Indian journal of veterinary science and animal husbandry - Volume 13,
Year: 1943
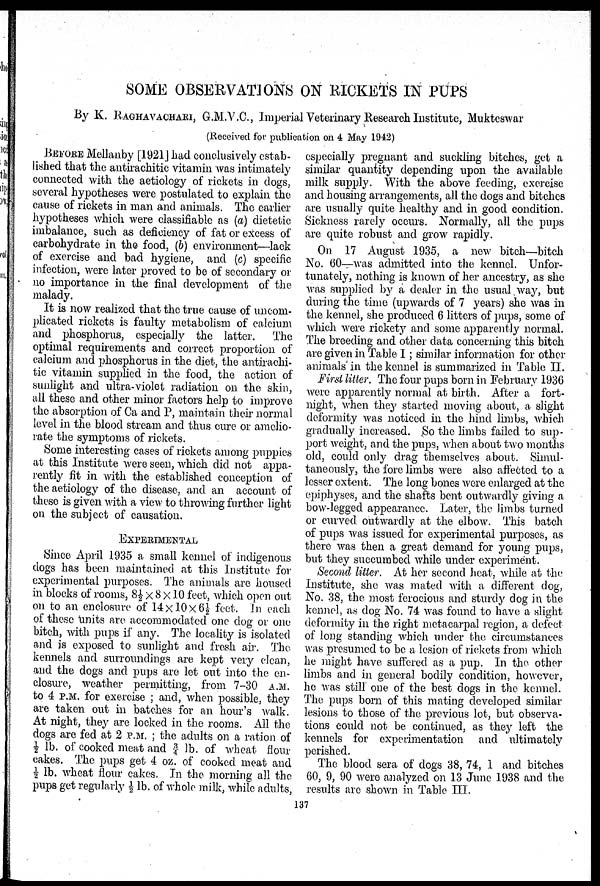
SOME OBSERVATIONS ON RICKETS IN PUPS
By K. RAGHAVACHARI, G.M.V.C., Imperial Veterinary Research Institute, Mukteswar
(Received for publication on 4 May 1942)
BEFORE Mellanby [1921] had conclusively estab-
lished that the antirachitic vitamin was intimately
connected with the aetiology of rickets in dogs,
several hypotheses were postulated to explain the
cause of rickets in man and animals. The earlier
hypotheses which were classifiable as (a) dietetic
imbalance, such as deficiency of fat or excess of
carbohydrate in the food, (b) environment—lack
of exercise and bad hygiene, and (c) specific
infection, were later proved to be of secondary or
no importance in the final development of the
malady.
It is now realized that the true cause of uncom-
plicated rickets is faulty metabolism of calcium
and phosphorus, especially the latter.
The
optimal requirements and correct proportion of
calcium and phosphorus in the diet, the antirachi-
tic vitamin supplied in the food, the action of
sunlight and ultra-violet radiation on the skin,
all these and other minor factors help to improve
the absorption of Ca and P, maintain their normal
level in the blood stream and thus cure or amelio-
rate the symptoms of rickets.
Some interesting cases of rickets among puppies
at this Institute were seen, which did not appa-
rently fit in with the established conception of
the aetiology of the disease, and an account of
these is given with a view to throwing further light
on the subject of causation.
EXPERIMENTAL
Since April 1935 a small kennel of indigenous
dogs has been maintained at this Institute for
experimental purposes. The animals are housed
in blocks of rooms, 8½ × 8 × 10 feet, which open out
on to an enclosure of 14 × 10 × 6½ feet. In each
of these units are accommodated one dog or one
bitch, with pups if any. The locality is isolated
and is exposed to sunlight and fresh air. The
kennels and surroundings are kept very clean,
and the dogs and pups are let out into the en-
closure, weather permitting, from 7-30 A.M.
to 4 P.M. for exercise ; and, when possible, they
are taken out in batches for an hour's walk.
At night, they are locked in the rooms. All the
dogs are fed at 2 P.M. ; the adults on a ration of
½ lb. of cooked meat and 3/4 lb. of wheat flour
cakes. The pups get 4 oz. of cooked meat and
½ lb. wheat flour cakes. In the morning all the
pups get regularly ½ lb. of whole milk, while adults,
especially pregnant and suckling bitches, get a
similar quantity depending upon the available
milk supply. With the above feeding, exercise
and housing arrangements, all the dogs and bitches
are usually quite healthy and in good condition.
Sickness rarely occurs. Normally, all the pups
are quite robust and grow rapidly.
On 17 August 1935, a new bitch—bitch
No. 60—was admitted into the kennel. Unfor-
tunately, nothing is known of her ancestry, as she
was supplied by a dealer in the usual way, but
during the time (upwards of 7 years) she was in
the kennel, she produced 6 litters of pups, some of
which were rickety and some apparently normal.
The breeding and other data concerning this bitch
are given in Table I; similar information for other
animals in the kennel is summarized in Table II.
First litter. The four pups born in February 1936
were apparently normal at birth. After a fort-
night, when they started moving about, a slight
deformity was noticed in the hind limbs, which
gradually increased. So the limbs failed to sup-
port weight, and the pups, when about two months
old, could only drag themselves about. Simul-
taneously, the fore limbs were also affected to a
lesser extent. The long bones were enlarged at the
epiphyses, and the shafts bent outwardly giving a
bow-legged appearance. Later, the limbs turned
or curved outwardly at the elbow. This batch
of pups was issued for experimental purposes, as
there was then a great demand for young pups,
but they succumbed while under experiment.
Second litter. At her second heat, while at the
Institute, she was mated with a different dog,
No. 38, the most ferocious and sturdy dog in the
kennel, as dog No. 74 was found to have a slight
deformity in the right metacarpal region, a defect
of long standing which under the circumstances
was presumed to be a lesion of rickets from which
he might have suffered as a pup. In the other
limbs and in general bodily condition, however,
he was still one of the best dogs in the kennel.
The pups born of this mating developed similar
lesions to those of the previous lot, but observa-
tions could not be continued, as they left the
kennels for experimentation and ultimately
perished.
The blood sera of dogs 38, 74, 1 and bitches
60, 9, 90 were analyzed on 13 June 1938 and the
results are shown in Table III.
137